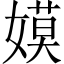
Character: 嫫